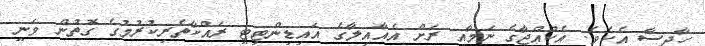
ހާދިސާ އެކެވެ. އެކުއްޖާގެ ނަމާއި ރަށް އެއާއިލާގެ އައިޑިންޓިޓީ ރައްކާތެރިކުރުމުގެ ގޮތުން ވަނީ